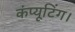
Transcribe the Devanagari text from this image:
कंप्यूटिंग।